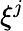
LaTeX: \xi^{j}